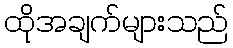
ထိုအချက်များသည်